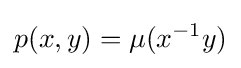
p(x,y)=\mu (x^{-1}y)